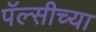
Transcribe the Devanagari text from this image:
पॅल्सीच्या